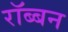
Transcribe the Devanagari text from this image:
रॉब्‍बन